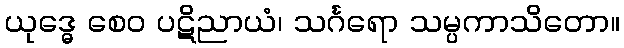
ယုဒ္ဓေ စေဝ ပဋိညာယံ၊ သင်္ဂရော သမ္ပကာသိတော။